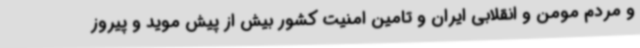
و مردم مومن و انقلابی ایران و تامین امنیت کشور بیش از پیش موید و پیروز